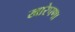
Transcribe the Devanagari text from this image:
खारेपणा